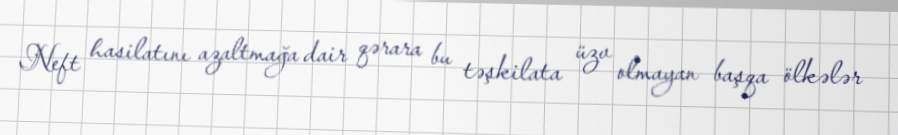
Neft hasilatını azaltmağa dair qərara bu təşkilata üzv olmayan başqa ölkələr